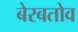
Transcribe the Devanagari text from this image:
बेरबतोव